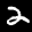
Label: 2